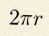
2\pi r